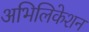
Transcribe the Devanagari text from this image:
अभिलिकेशन